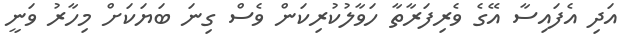
އަދި އެފައިސާ އޭގެ ވެރިފަރާތާ ހަވާލުކުރިކަން ވެސް ގިނަ ބަޔަކަށް މިހާރު ވަނީ